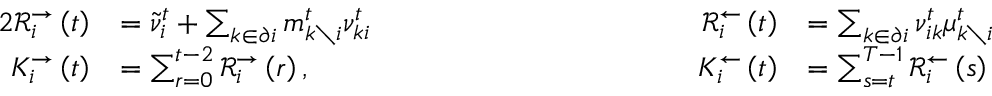
\begin{array} { r l r l } { { 2 } \mathcal { R } _ { i } ^ { \rightarrow } \left( t \right) } & { = \tilde { \nu } _ { i } ^ { t } + \sum _ { k \in \partial i } m _ { k \setminus i } ^ { t } \nu _ { k i } ^ { t } \qquad \qquad \qquad \qquad \qquad } & { \mathcal { R } _ { i } ^ { \leftarrow } \left( t \right) } & { = \sum _ { k \in \partial i } \nu _ { i k } ^ { t } \mu _ { k \setminus i } ^ { t } } \\ { K _ { i } ^ { \rightarrow } \left( t \right) } & { = \sum _ { r = 0 } ^ { t - 2 } \mathcal { R } _ { i } ^ { \rightarrow } \left( r \right) , } & { K _ { i } ^ { \leftarrow } \left( t \right) } & { = \sum _ { s = t } ^ { T - 1 } \mathcal { R } _ { i } ^ { \leftarrow } \left( s \right) } \end{array}